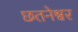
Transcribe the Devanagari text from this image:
छतनेश्वर